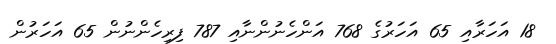
18 އަހަރާއި 65 އަހަރުގެ 768 އަންހެނުންނާއި 787 ފިރިހެންނުން 65 އަހަރުން